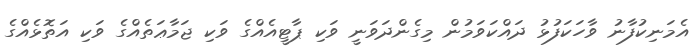
އެމަނިކުފާނު ވާހަކަފުޅު ދައްކަވަމުން މިގެންދަވަނީ ވަކި ޕާޓީއެއްގެ ވަކި ޖަމާޢަތެއްގެ ވަކި އަތޮޅެއްގެ